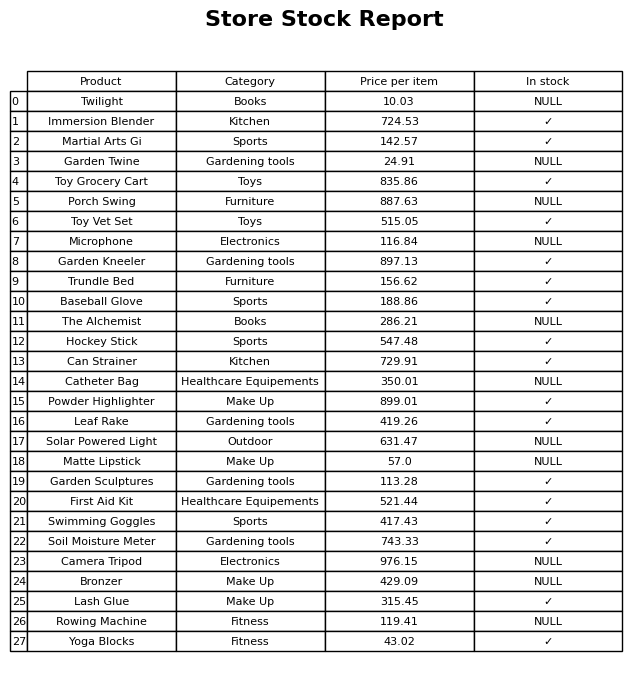
question: What is the price of the Garden Sculptures?
answer: The price of Garden Sculptures is 113.28.